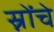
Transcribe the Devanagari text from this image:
स्नोंचे